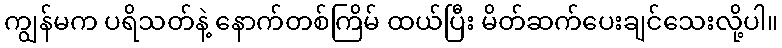
ကျွန်မက ပရိသတ်နဲ့ နောက်တစ်ကြိမ် ထယ်ပြီး မိတ်ဆက်ပေးချင်သေးလို့ပါ။